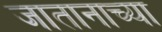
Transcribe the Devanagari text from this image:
जातानाच्या